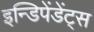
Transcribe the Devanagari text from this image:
इन्डिपेंडेंट्स